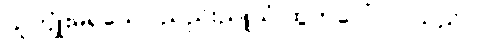
ယူကျုံးမရသော ညည်းညူသံ ထွက်ပေါ်လာသည်။